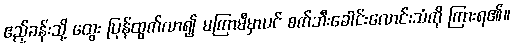
ဧည့်ခန်းသို့ ထွေး ပြန်ထွက်လာ၍ မကြာမီမှာပင် စက်ဘီးခေါင်းလောင်းသံကို ကြားရ၏။